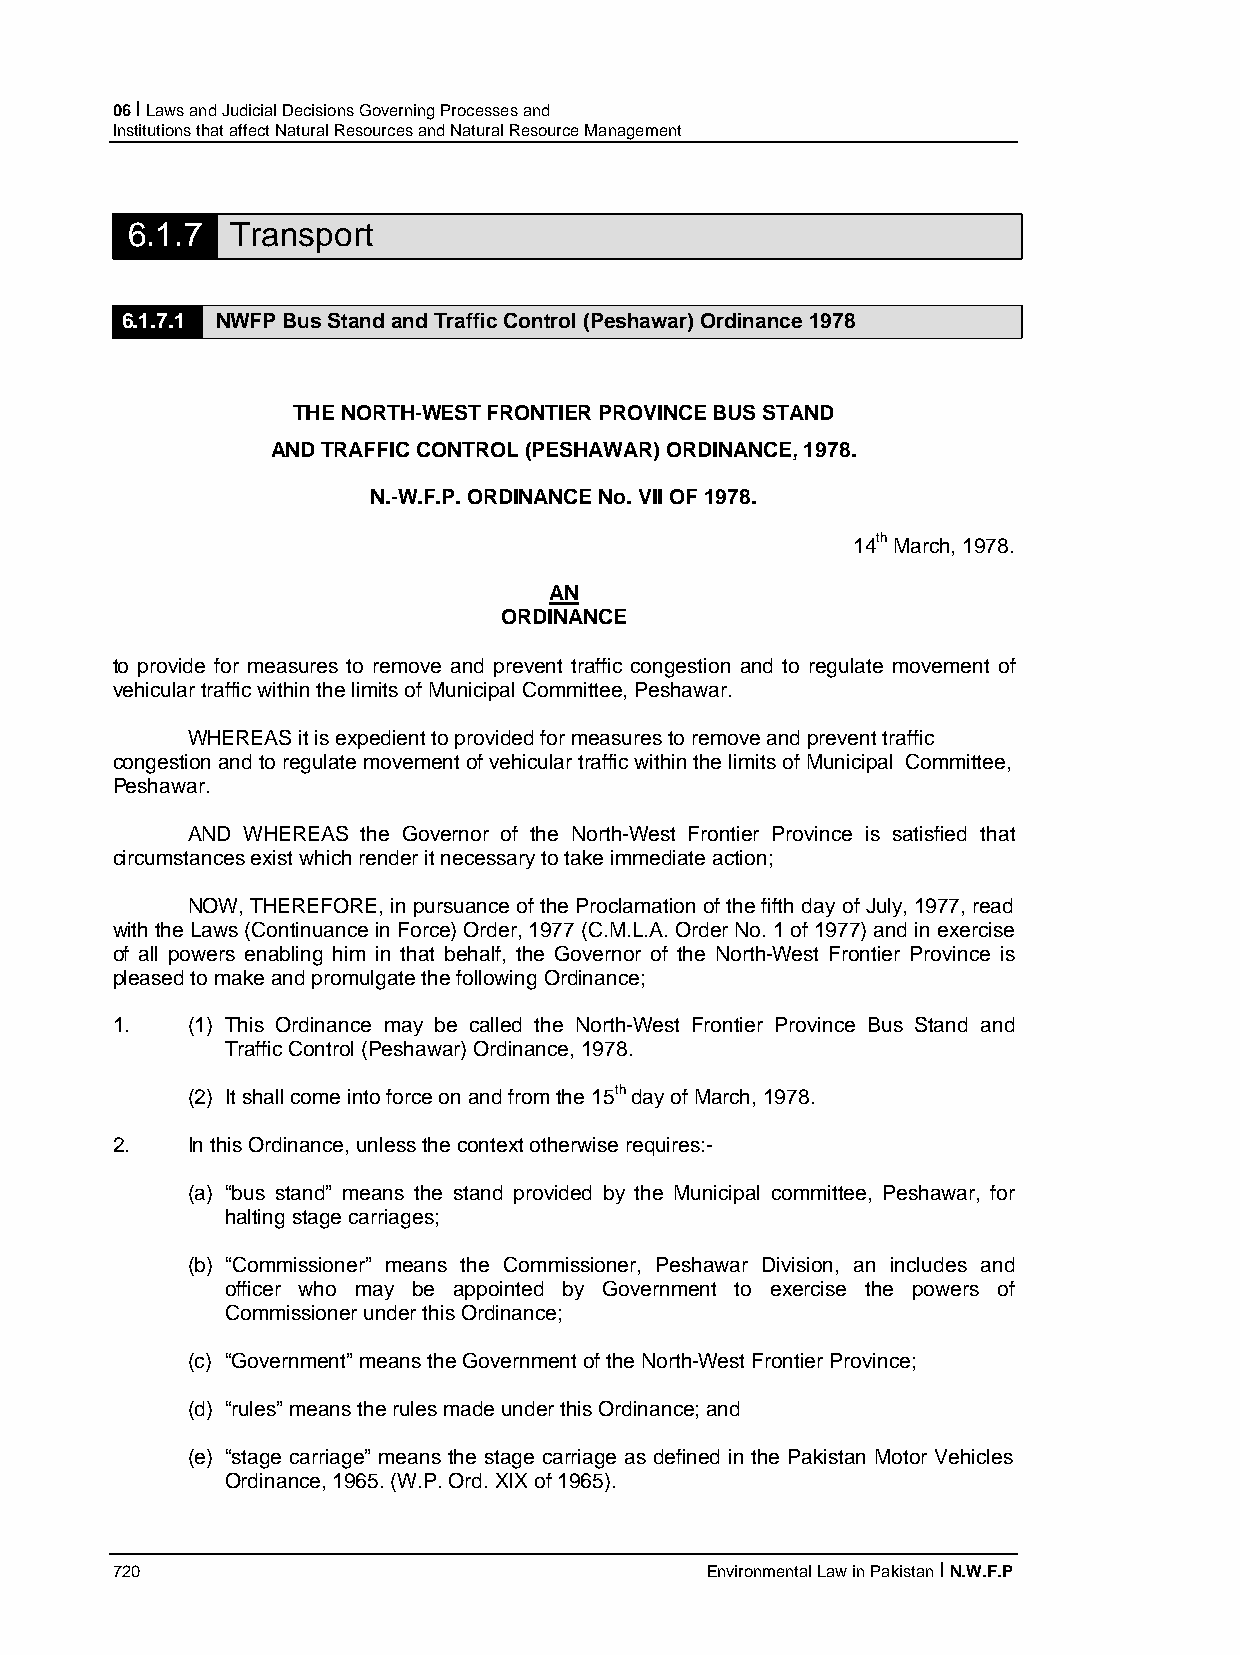
06 I Laws and Judicial Decisions Governing Processes and
 Institutions that affect Natural Resources and Natural Resource Management
 6.1.7  Transport
 6.1.7.1 NWFP Bus Stand and Traffic Control (Peshawar) Ordinance 1978
 THE NORTH-WEST FRONTIER PROVINCE BUS STAND
 AND TRAFFIC CONTROL (PESHAWAR) ORDINANCE, 1978.
 N.-W.F.P. ORDINANCE No. VII OF 1978.
 14th March, 1978.
 AN
 ORDINANCE
 to provide for measures to remove and prevent traffic congestion and to regulate movement of
 vehicular traffic within the limits of Municipal Committee, Peshawar.
 WHEREAS it is expedient to provided for measures to remove and prevent traffic
 congestion and to regulate movement of vehicular traffic within the limits of Municipal Committee,
 Peshawar.
 AND WHEREAS the Governor of the North-West Frontier Province is satisfied that
 circumstances exist which render it necessary to take immediate action;
 NOW, THEREFORE, in pursuance of the Proclamation of the fifth day of July, 1977, read
 with the Laws (Continuance in Force) Order, 1977 (C.M.L.A. Order No. 1 of 1977) and in exercise
 of all powers enabling him in that behalf, the Governor of the North-West Frontier Province is
 pleased to make and promulgate the following Ordinance;
 1.   (1) This Ordinance may be called the North-West Frontier Province Bus Stand and
 Traffic Control (Peshawar) Ordinance, 1978.
 (2) It shall come into force on and from the 15th day of March, 1978.
 2.   In this Ordinance, unless the context otherwise requires:-
 (a) “bus stand” means the stand provided by the Municipal committee, Peshawar, for
 halting stage carriages;
 (b) “Commissioner” means the Commissioner, Peshawar Division, an includes and
 officer who may be appointed by Government to exercise the powers of
 Commissioner under this Ordinance;
 (c) “Government” means the Government of the North-West Frontier Province;
 (d) “rules” means the rules made under this Ordinance; and
 (e) “stage carriage” means the stage carriage as defined in the Pakistan Motor Vehicles
 Ordinance, 1965. (W.P. Ord. XIX of 1965).
 720                                     Environmental Law in Pakistan I N.W.F.P